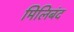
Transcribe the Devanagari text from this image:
मिलिबंद